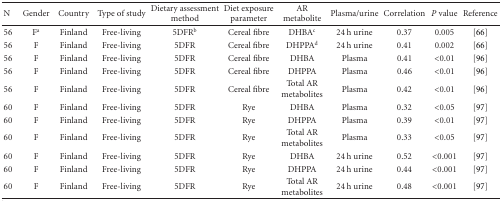
<table><thead><tr><td><b>N</b></td><td><b>Gender</b></td><td><b>Country</b></td><td><b>Type of study</b></td><td><b>Dietary assessment method</b></td><td><b>Diet exposure parameter</b></td><td><b>AR metabolite</b></td><td><b>Plasma/urine</b></td><td><b>Correlation</b></td><td><b><i>P</i> value</b></td><td><b>Reference</b></td></tr></thead><tbody><tr><td>56</td><td>F<sup>a</sup></td><td>Finland</td><td>Free-living</td><td>5DFR<sup>b</sup></td><td>Cereal fibre</td><td>DHBA<sup>c</sup></td><td>24 h urine</td><td>0.37</td><td>0.005</td><td>[66]</td></tr><tr><td>56</td><td>F</td><td>Finland</td><td>Free-living</td><td>5DFR</td><td>Cereal fibre</td><td>DHPPA<sup>d</sup></td><td>24 h urine</td><td>0.41</td><td>0.002</td><td>[66]</td></tr><tr><td>56</td><td>F</td><td>Finland</td><td>Free-living</td><td>5DFR</td><td>Cereal fibre</td><td>DHBA</td><td>Plasma</td><td>0.41</td><td>&lt;0.01</td><td>[96]</td></tr><tr><td>56</td><td>F</td><td>Finland</td><td>Free-living</td><td>5DFR</td><td>Cereal fibre</td><td>DHPPA</td><td>Plasma</td><td>0.46</td><td>&lt;0.01</td><td>[96]</td></tr><tr><td>56</td><td>F</td><td>Finland</td><td>Free-living</td><td>5DFR</td><td>Cereal fibre</td><td>Total AR metabolites</td><td>Plasma</td><td>0.42</td><td>&lt;0.01</td><td>[96]</td></tr><tr><td>60</td><td>F</td><td>Finland</td><td>Free-living</td><td>5DFR</td><td>Rye</td><td>DHBA</td><td>Plasma</td><td>0.32</td><td>&lt;0.05</td><td>[97]</td></tr><tr><td>60</td><td>F</td><td>Finland</td><td>Free-living</td><td>5DFR</td><td>Rye</td><td>DHPPA</td><td>Plasma</td><td>0.39</td><td>&lt;0.01</td><td>[97]</td></tr><tr><td>60</td><td>F</td><td>Finland</td><td>Free-living</td><td>5DFR</td><td>Rye</td><td>Total AR metabolites</td><td>Plasma</td><td>0.33</td><td>&lt;0.05</td><td>[97]</td></tr><tr><td>60</td><td>F</td><td>Finland</td><td>Free-living</td><td>5DFR</td><td>Rye</td><td>DHBA</td><td>24 h urine</td><td>0.52</td><td>&lt;0.001</td><td>[97]</td></tr><tr><td>60</td><td>F</td><td>Finland</td><td>Free-living</td><td>5DFR</td><td>Rye</td><td>DHPPA</td><td>24 h urine</td><td>0.44</td><td>&lt;0.001</td><td>[97]</td></tr><tr><td>60</td><td>F</td><td>Finland</td><td>Free-living</td><td>5DFR</td><td>Rye</td><td>Total AR metabolites</td><td>24 h urine</td><td>0.48</td><td>&lt;0.001</td><td>[97]</td></tr></tbody></table>